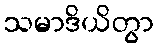
သမာဒိယိတွာ